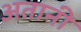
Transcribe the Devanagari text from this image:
अतानी